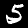
Label: 5